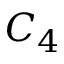
C _ { 4 }